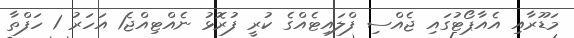
މަޑޫރާއި އެއާޕޯޓުގައި ޖެއްސި ފްލައިޓެއްގެ ކުުރީ ފުރޮޅު ނެއްޓިއްޖެ1 އަހަރު 1 ހަފްތާ